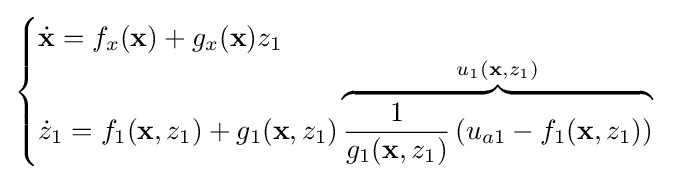
{\begin{cases}{\dot {\mathbf {x} }}=f_{x}(\mathbf {x} )+g_{x}(\mathbf {x} )z_{1}\\{\dot {z}}_{1}=f_{1}(\mathbf {x} ,z_{1})+g_{1}(\mathbf {x} ,z_{1})\overbrace {{\frac {1}{g_{1}(\mathbf {x} ,z_{1})}}\left(u_{a1}-f_{1}(\mathbf {x} ,z_{1})\right)} ^{u_{1}(\mathbf {x} ,z_{1})}\end{cases}}